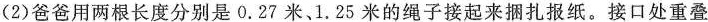
(2)爸爸用两根长度分别是0.27米、1.25米的绳子接起来捆扎报纸。接口处重叠